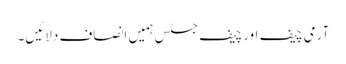
آرمی چیف اور چیف جسٹس ہمیں انصاف دلائیں۔